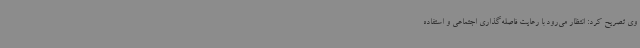
وی تصریح کرد: انتظار می‌رود با رعایت فاصله‌گذاری اجتماعی و استفاده